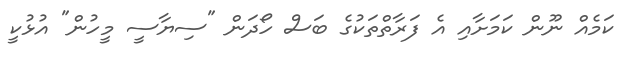
ކަމެއް ނޫން ކަމަށާއި އެ ފަރާތްތަކުގެ ބަސް ހޯދަން "ސިޔާސީ މީހުން" އުޅުކީ